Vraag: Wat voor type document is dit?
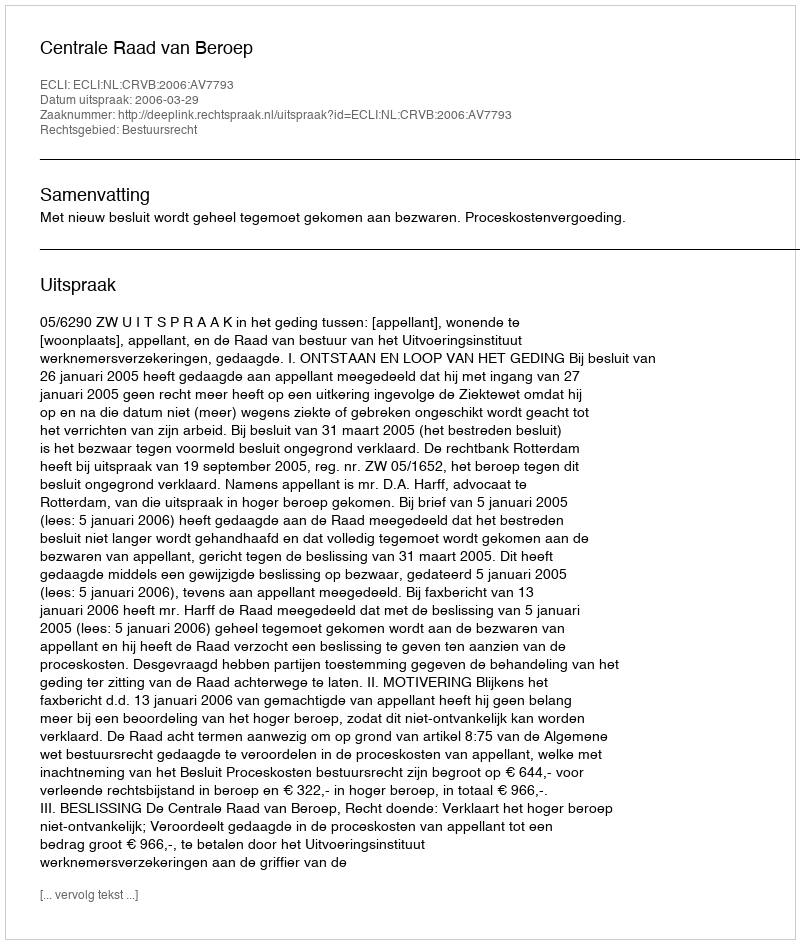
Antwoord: Uitspraak